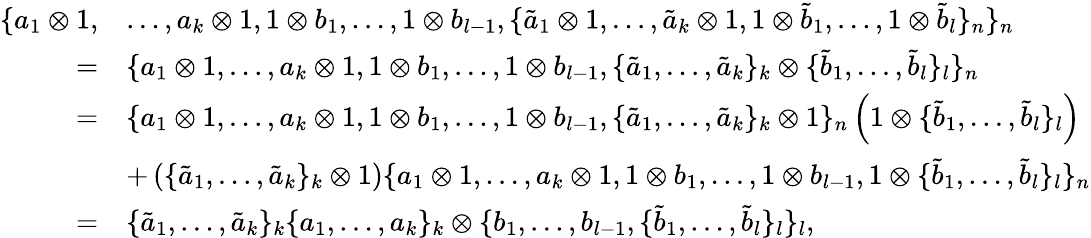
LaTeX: \begin{array}{rl}{\{ a_{1}\otimes 1,}&{\dots,a_{k}\otimes 1,1\otimes b_{1},\dots,1\otimes b_{l-1},\{ \tilde{a}_{1}\otimes 1,\dots,\tilde{a}_{k}\otimes 1,1\otimes\tilde{b}_{1},\dots,1\otimes\tilde{b}_{l}\} _{n}\} _{n}}\\ {=}&{\{ a_{1}\otimes 1,\dots,a_{k}\otimes 1,1\otimes b_{1},\dots,1\otimes b_{l-1},\{ \tilde{a}_{1},\dots,\tilde{a}_{k}\} _{k}\otimes\{ \tilde{b}_{1},\dots,\tilde{b}_{l}\} _{l}\} _{n}}\\ {=}&{\{ a_{1}\otimes 1,\dots,a_{k}\otimes 1,1\otimes b_{1},\dots,1\otimes b_{l-1},\{ \tilde{a}_{1},\dots,\tilde{a}_{k}\} _{k}\otimes{1}\} _{n}\left(1\otimes\{ \tilde{b}_{1},\dots,\tilde{b}_{l}\} _{l}\right)}\\ &{+\left(\{ \tilde{a}_{1},\dots,\tilde{a}_{k}\} _{k}\otimes 1\right)\{ a_{1}\otimes 1,\dots,a_{k}\otimes 1,1\otimes b_{1},\dots,1\otimes b_{l-1},1\otimes\{ \tilde{b}_{1},\dots,\tilde{b}_{l}\} _{l}\} _{n}}\\ {=}&{\{ \tilde{a}_{1},\dots,\tilde{a}_{k}\} _{k}\{ a_{1},\dots,a_{k}\} _{k}\otimes\{ b_{1},\dots,b_{l-1},\{ \tilde{b}_{1},\dots,\tilde{b}_{l}\} _{l}\} _{l},}\end{array}